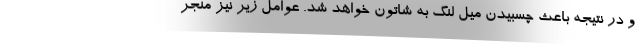
و در نتیجه باعث چسبیدن میل لنگ به شاتون خواهد شد. عوامل زیر نیز منجر